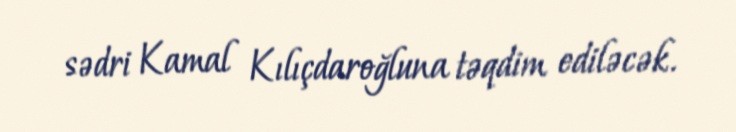
sədri Kamal Kılıçdaroğluna təqdim ediləcək.